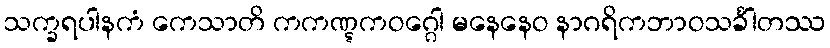
သက္ခရပါနကံ ကေသာတိ ကကဏ္ဋကဝဂ္ဂေါ မနေနေဝ နာဂရိကဘာဝသင်္ခါတဿ